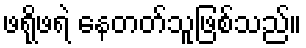
ဖရိုဖရဲ နေတတ်သူဖြစ်သည်။